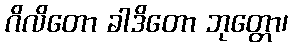
ဂိလိတော ခါဒိတော ဘုတ္တော၊